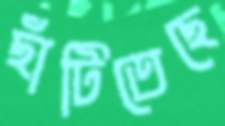
ছাঁটিতেছে